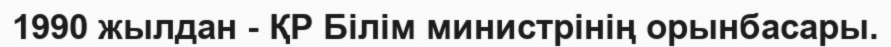
1990 жылдан - ҚР Білім министрінің орынбасары.